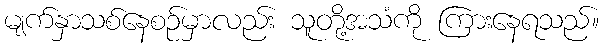
မျက်နှာသစ်နေစဉ်မှာလည်း သူတို့အသံကို ကြားနေရသည်။